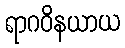
ရာဂဝိနယာယ